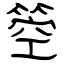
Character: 箜